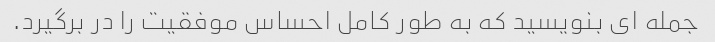
جمله ای بنویسید که به طور کامل احساس موفقیت را در برگیرد.